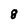
Character: 8